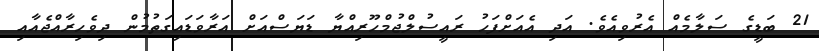
21 ބަޑީގެ ސަލާމެއް އެރުވިއެވެ. އަދި އެއަށްފަހު ރައީސުލްޖުމްހޫރިއްޔާ ޑަޔަސްއަށް އަރާވަޑައިގަތުމުން ދިވެހިރާއްޖެއާއި